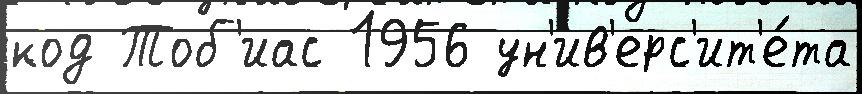
код Тоб'иас 1956 ун'ив'ерс'ит'е́та